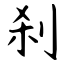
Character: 刹